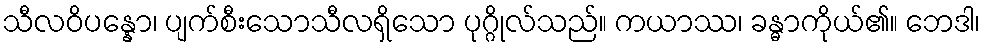
သီလဝိပန္နော၊ ပျက်စီးသောသီလရှိသော ပုဂ္ဂိုလ်သည်။ ကယာဿ၊ ခန္ဓာကိုယ်၏။ ဘေဒါ၊